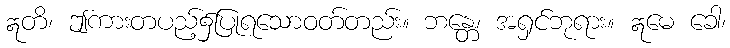
ဣတိ၊ ဤကားတပည့်၌ပြုရသောဝတ်တည်း။ ဘန္တေ၊ အရှင်ဘုရား။ ဣမေ ခေါ၊